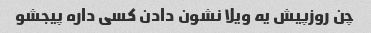
چن روزپیش یه ویلا نشون دادن کسی داره پیجشو